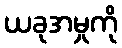
ယခုအမှုကို